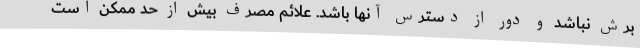
برش نباشد و دور از دسترس آنها باشد. علائم مصرف بیش از حد ممکن است